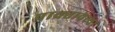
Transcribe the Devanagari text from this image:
प्राक्र्तावस्था